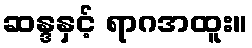
ဆန္ဒနှင့် ရာဂအထူး။